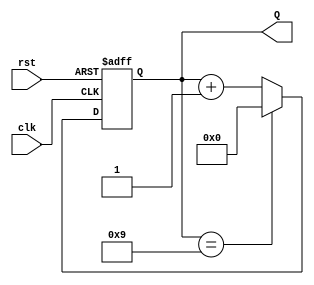
module bcd_counter (
    input wire clk,      // Clock input
    input wire rst,      // Asynchronous reset input
    output reg [3:0] Q   // 4-bit BCD output
);

// Always block triggered on the rising edge of the clock or when reset is active
always @(posedge clk or posedge rst) begin
    if (rst) begin
        Q <= 4'b0000;   // Reset the counter to 0
    end else begin
        if (Q == 4'b1001) begin
            Q <= 4'b0000; // Reset to 0 after reaching 9
        end else begin
            Q <= Q + 1;   // Increment the counter
        end
    end
end

endmodule